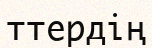
ттердің